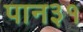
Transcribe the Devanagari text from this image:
पान३१